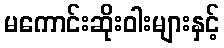
မကောင်းဆိုးဝါးများနှင့်